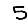
Digit: 5